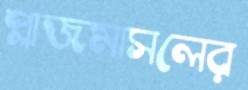
প্লাজমাসলের